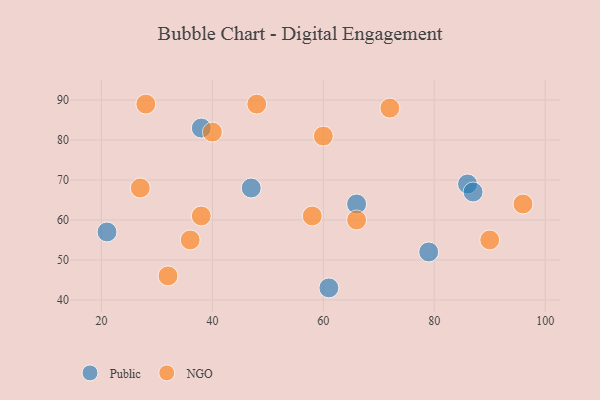
{"axis": {"x": "GDP", "y": "Life Expectancy"}, "legend": ["NGO", "Public"], "data": [{"x": "66", "y": 64, "type": "Public"}, {"x": "79", "y": 52, "type": "Public"}, {"x": "21", "y": 57, "type": "Public"}, {"x": "61", "y": 43, "type": "Public"}, {"x": "86", "y": 69, "type": "Public"}, {"x": "87", "y": 67, "type": "Public"}, {"x": "47", "y": 68, "type": "Public"}, {"x": "38", "y": 83, "type": "Public"}, {"x": "66", "y": 60, "type": "NGO"}, {"x": "32", "y": 46, "type": "NGO"}, {"x": "27", "y": 68, "type": "NGO"}, {"x": "90", "y": 55, "type": "NGO"}, {"x": "38", "y": 61, "type": "NGO"}, {"x": "72", "y": 88, "type": "NGO"}, {"x": "96", "y": 64, "type": "NGO"}, {"x": "36", "y": 55, "type": "NGO"}, {"x": "48", "y": 89, "type": "NGO"}, {"x": "40", "y": 82, "type": "NGO"}, {"x": "58", "y": 61, "type": "NGO"}, {"x": "60", "y": 81, "type": "NGO"}, {"x": "28", "y": 89, "type": "NGO"}]}